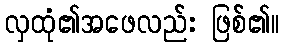
လှထုံ၏အဖေလည်း ဖြစ်၏။